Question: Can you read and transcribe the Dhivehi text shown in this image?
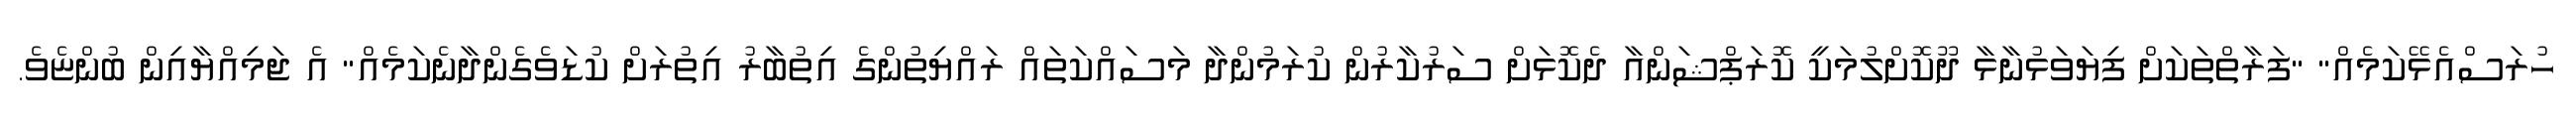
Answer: ހުރަސްއެޅޭކަމެއް" "ފަރާތްތަކަށް ފިޔަވަޅުނާޅާ ދޫކޮށްލުމަކީ ކޮރަޕްޝަންއާ ދެކޮޅަށް ސަރުކާރުން ކުރަމުންދާ މަސައްކަތައް ރައްޔިތުންގެ އިތުބާރު އިތުރަށް ކުޑަވެގެންދާނެކަމެއް" އެ ޖަމިއްޔާއިން ބުންޏެވެ.